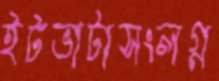
ইটভাটাসংলগ্ন